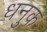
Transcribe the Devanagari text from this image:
धनुक